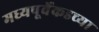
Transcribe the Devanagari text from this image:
मध्यपूर्वेकडच्या